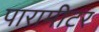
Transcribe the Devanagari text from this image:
पारामीटर